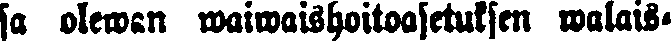
sa olewan waiwaishoitoasetuksen walais-